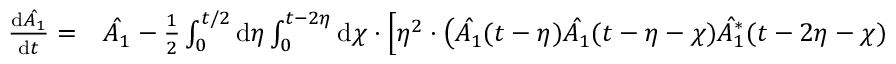
\begin{array} { r l } { \frac { \mathrm { d } \hat { A _ { 1 } } } { \mathrm { d } t } = } & { { } \hat { A _ { 1 } } - \frac { 1 } { 2 } \int _ { 0 } ^ { t / 2 } \mathrm { d } \eta \int _ { 0 } ^ { t - 2 \eta } \mathrm { d } \chi \cdot \Bigl [ \eta ^ { 2 } \cdot \bigl ( \hat { A _ { 1 } } ( t - \eta ) \hat { A _ { 1 } } ( t - \eta - \chi ) \hat { A _ { 1 } ^ { * } } ( t - 2 \eta - \chi ) } \end{array}